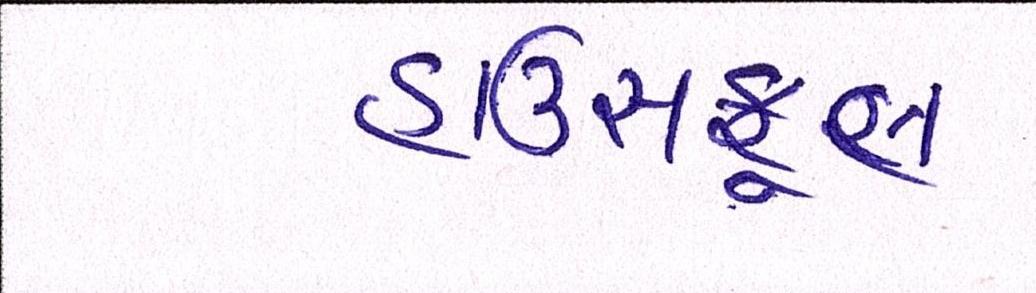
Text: હાઉસફૂલ